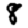
Digit: 8